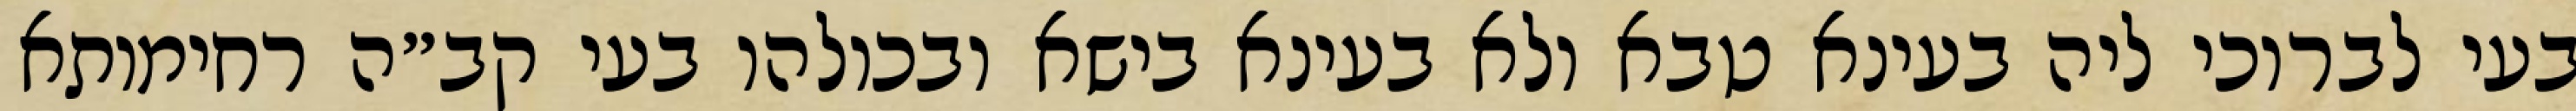
בעי לברוכי ליה בעינא טבא ולא בעינא בישא ובכולהו בעי קב״ה רחימותא